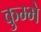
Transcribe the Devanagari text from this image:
कुम्भे